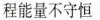
程能量不守恒